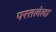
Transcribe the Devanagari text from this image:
परतलेला